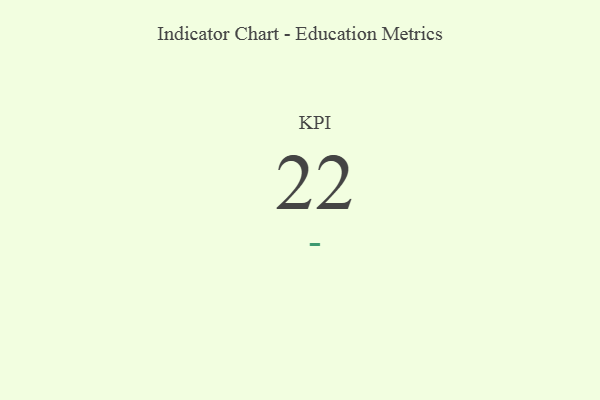
{"axis": {"x": "KPI", "y": "Value"}, "legend": [""], "data": [{"x": "KPI", "y": 22, "type": ""}]}